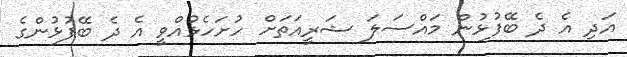
އަދި އެ ދެ ބޭފުޅުން މައްސަލަ ޝަރީއަތަށް ހުށަހެޅުއްވީ އެ ދެ ބޭފުޅުންގެ